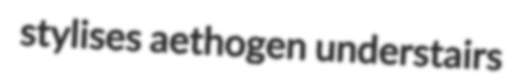
stylises aethogen understairs